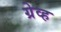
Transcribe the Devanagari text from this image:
ग्रेव्ह